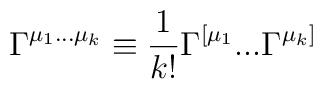
\Gamma^{\mu_1...\mu_k} \equiv {1\over k!} \Gamma^{[\mu_1}...\Gamma^{\mu_k]}